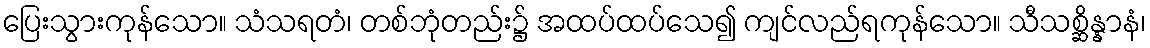
ပြေးသွားကုန်သော။ သံသရတံ၊ တစ်ဘုံတည်း၌ အထပ်ထပ်သေ၍ ကျင်လည်ရကုန်သော။ သီသစ္ဆိန္နာနံ၊